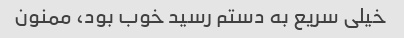
خیلی سریع به دستم رسید خوب بود، ممنون